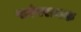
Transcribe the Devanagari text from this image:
पारंपरागक